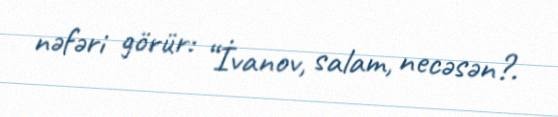
nəfəri görür: “İvanov, salam, necəsən?.